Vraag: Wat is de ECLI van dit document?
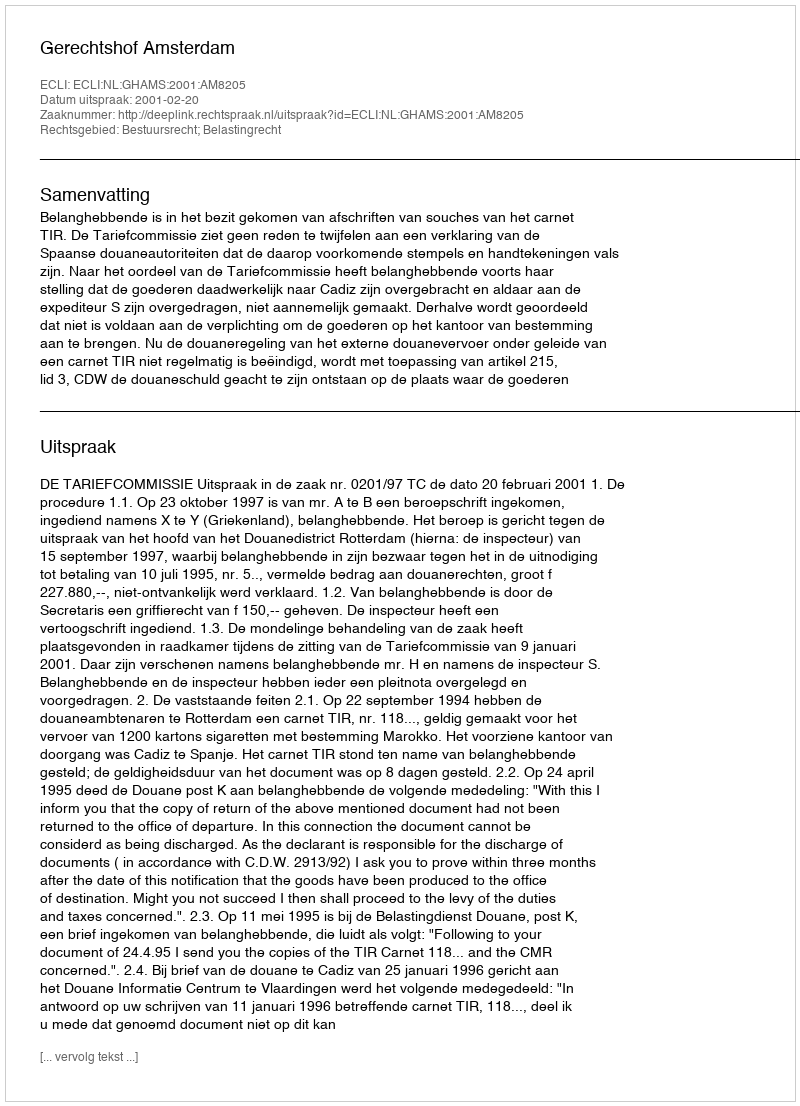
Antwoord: ECLI:NL:GHAMS:2001:AM8205